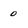
Character: o